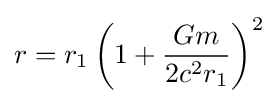
r=r_{1}\left(1+{\frac {Gm}{2c^{2}r_{1}}}\right)^{2}